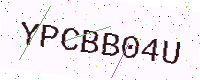
Text: YPCBB04U